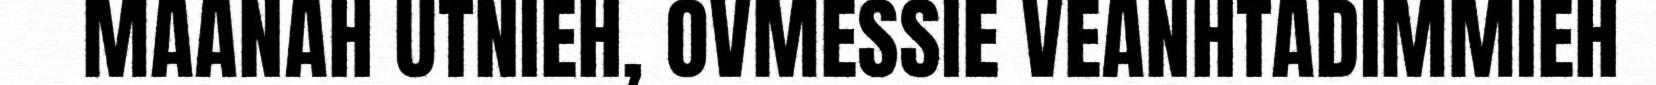
MAANAH UTNIEH, OVMESSIE VEANHTADIMMIEH